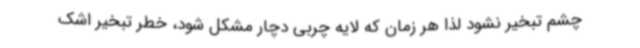
چشم تبخیر نشود لذا هر زمان که لایه چربی دچار مشکل شود، خطر تبخیر اشک